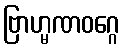
ဗြာဟ္မဏဝဂ္ဂေ